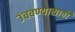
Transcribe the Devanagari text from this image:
उंचवण्यासाठी